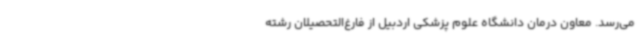
می‌رسد. معاون درمان دانشگاه علوم پزشکی اردبیل از فارغ‌التحصیلان رشته